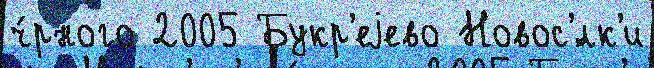
ч́рного 2005 Букр'еjево Новос'́лк'и